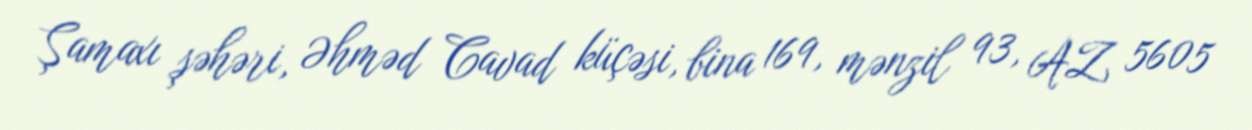
Şamaxı şəhəri, Əhməd Cavad küçəsi, bina 169, mənzil 93, AZ 5605